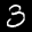
Label: 3